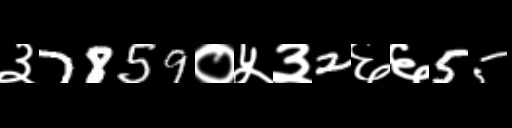
Text: ३7859०५३2६६55